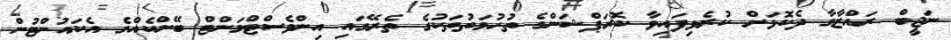
ނަޖީބް ރައްޒާގާ ދެކޮޅަށް ކުރެވިފައިވާ ކޮރަޕްޝަންގެ ތުހުމަތުތަކުގެ ތެރޭގައި އިންވެސްޓްމަންޓް ބޭންކެއްގެ އެކައުންޓުން